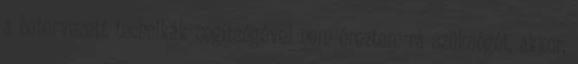
a betervezett technikák segítségével nem éreztem rá szükségét, akkor,